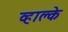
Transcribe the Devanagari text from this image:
व्हाल्के